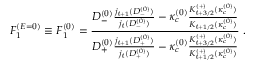
F _ { 1 } ^ { ( E = 0 ) } \equiv F _ { 1 } ^ { ( 0 ) } = \frac { D _ { - } ^ { ( 0 ) } \frac { j _ { \ell + 1 } ( D _ { - } ^ { ( 0 ) } ) } { j _ { \ell } ( D _ { - } ^ { ( 0 ) } ) } - \kappa _ { c } ^ { ( 0 ) } \frac { K _ { \ell + 3 / 2 } ^ { ( + ) } ( \kappa _ { c } ^ { ( 0 ) } ) } { K _ { \ell + 1 / 2 } ( \kappa _ { c } ^ { ( 0 ) } ) } } { D _ { + } ^ { ( 0 ) } \frac { j _ { \ell + 1 } ( D _ { + } ^ { ( 0 ) } ) } { j _ { \ell } ( D _ { + } ^ { ( 0 ) } ) } - \kappa _ { c } ^ { ( 0 ) } \frac { K _ { \ell + 3 / 2 } ^ { ( + ) } ( \kappa _ { c } ^ { ( 0 ) } ) } { K _ { \ell + 1 / 2 } ^ { ( + ) } ( \kappa _ { c } ^ { ( 0 ) } ) } } \; .